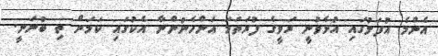
އެންމެ އުފަލުގައި އުޅެވުނީ ރަވީގެ ފުރަތަމަ އަންހެނުންނާ އެކުގައި ކަމަށް ތި ބުނަނީ.